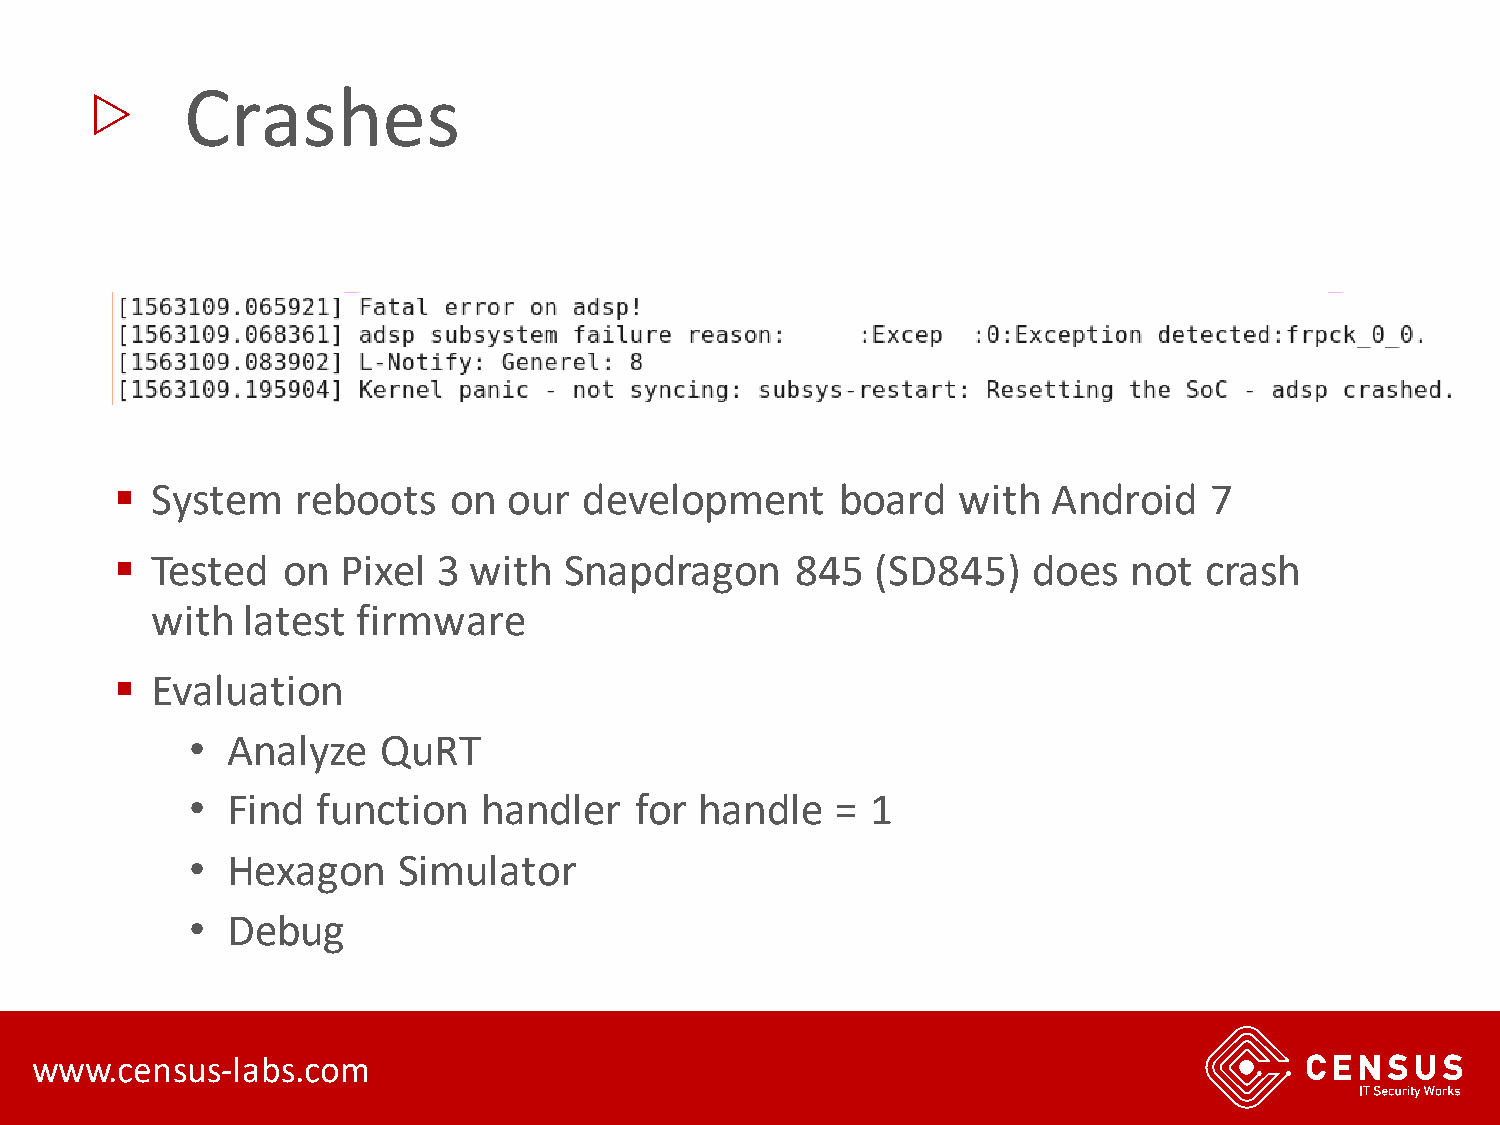
▷
 Crashes
 ▪ System    reboots   on  our  development      board  with   Android   7
 ▪ Tested   on  Pixel 3 with  Snapdragon      845  (SD845)   does   not  crash
 with  latest  firmware
 ▪ Evaluation
 • Analyze   QuRT
 • Find  function   handler   for handle   =  1
 • Hexagon    Simulator
 • Debug
 www.census-labs.com